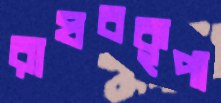
রাঘবকৃপা